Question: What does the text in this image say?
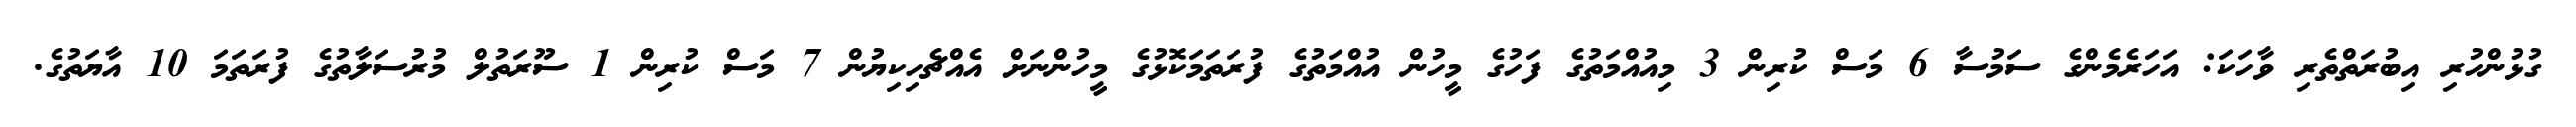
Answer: ގުޅުންހުރި އިބުރަތްތެރި ވާހަކަ: އަހަރެމެންގެ ސަމުސާ 6 މަސް ކުރިން 3 މިއުއްމަތުގެ ފަހުގެ މީހުން އުއްމަތުގެ ފުރަތަމަކޮޅުގެ މީހުންނަށް އެއްޗެހިކިޔުން 7 މަސް ކުރިން 1 ސޫރަތުލް މުރުސަލާތުގެ ފުރަތަމަ 10 އާޔަތުގެ.